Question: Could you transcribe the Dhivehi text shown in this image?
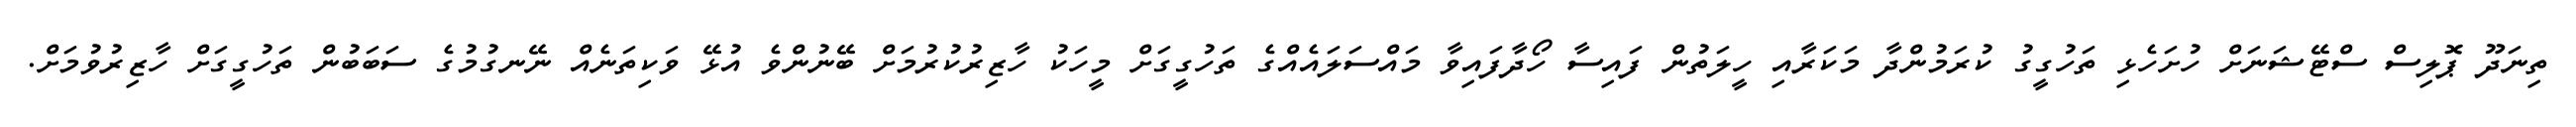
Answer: ތިނަދޫ ޕޮލިސް ސްޓޭޝަނަށް ހުށަހެޅި ތަހުގީގު ކުރަމުންދާ މަކަރާއި ހީލަތުން ފައިސާ ހޯދާފައިވާ މައްސަލައެއްގެ ތަހުގީގަށް މީހަކު ހާޒިރުކުރުމަށް ބޭނުންވެ އުޅޭ ވަކިތަނެއް ނޭނގުމުގެ ސަބަބުން ތަހުގީގަށް ހާޒިރުވުމަށް.